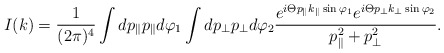
\begin{align*}I(k)=\frac{1}{(2\pi)^4}\int dp_{\parallel}p_{\parallel}d\varphi_1\int dp_{\perp}p_{\perp}d\varphi_2\frac{e^{i\Theta p_{\parallel}k_{\parallel}\sin\varphi_1}e^{i\Theta p_{\perp}k_{\perp}\sin\varphi_2}}{p^2_{\parallel}+p^2_{\perp}}.\end{align*}